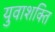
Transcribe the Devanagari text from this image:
युवाशक्‍ित